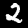
Digit: 2